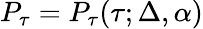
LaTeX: P_{\tau}=P_{\tau}(\tau;\Delta,\alpha)